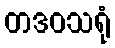
တဒဝသရုံ